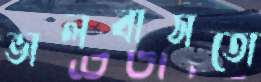
ভালবাসতো